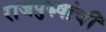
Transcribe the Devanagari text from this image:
राजपुरुषांची